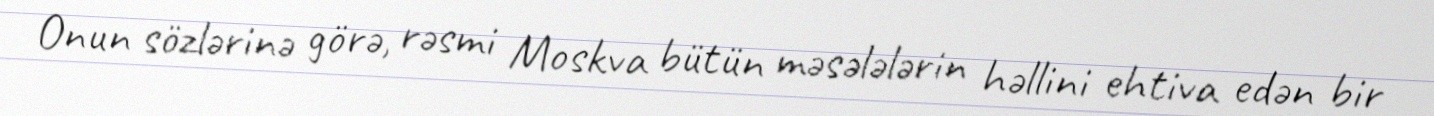
Onun sözlərinə görə, rəsmi Moskva bütün məsələlərin həllini ehtiva edən bir